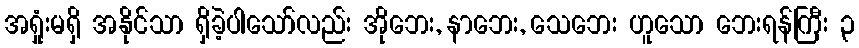
အရှုံးမရှိ အနိုင်သာ ရှိခဲ့ပါသော်လည်း အိုဘေး, နာဘေး, သေဘေး ဟူသော ဘေးရန်ကြီး ၃